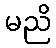
မညိ